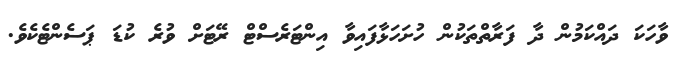
ވާހަކަ ދައްކަމުން ދާ ފަރާތްތަކުން ހުށަހަޅާފައިވާ އިންޓަރެސްޓް ރޭޓަށް ވުރެ ކުޑަ ޕަސެންޓެކެވެ.